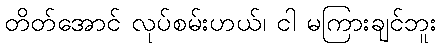
တိတ်အောင် လုပ်စမ်းဟယ်၊ ငါ မကြားချင်ဘူး